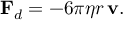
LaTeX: \mathbf { F } _ { d } = - 6 \pi \eta r \, \mathbf { v } .